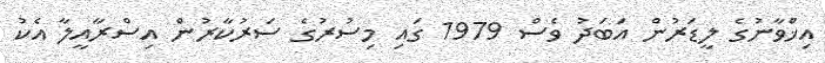
އިޚްވާނުގެ ލީޑަރުން އަބަދު ވެސް 1979 ގައި މިސުރުގެ ސަރުކާރުން އިސްރާއީލާ އެކު